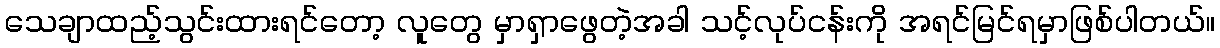
သေချာထည့်သွင်းထားရင်တော့ လူတွေ မှာရှာဖွေတဲ့အခါ သင့်လုပ်ငန်းကို အရင်မြင်ရမှာဖြစ်ပါတယ်။